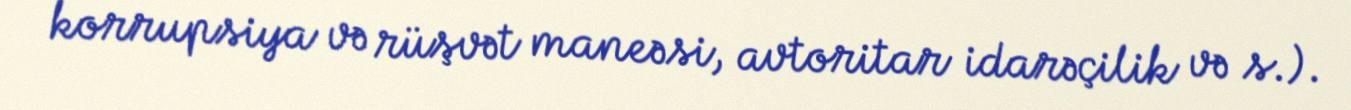
korrupsiya və rüşvət maneəsi, avtoritar idarəçilik və s.).